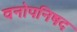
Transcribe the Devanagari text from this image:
वनोपनिषद